Annual report on the health of the army in India
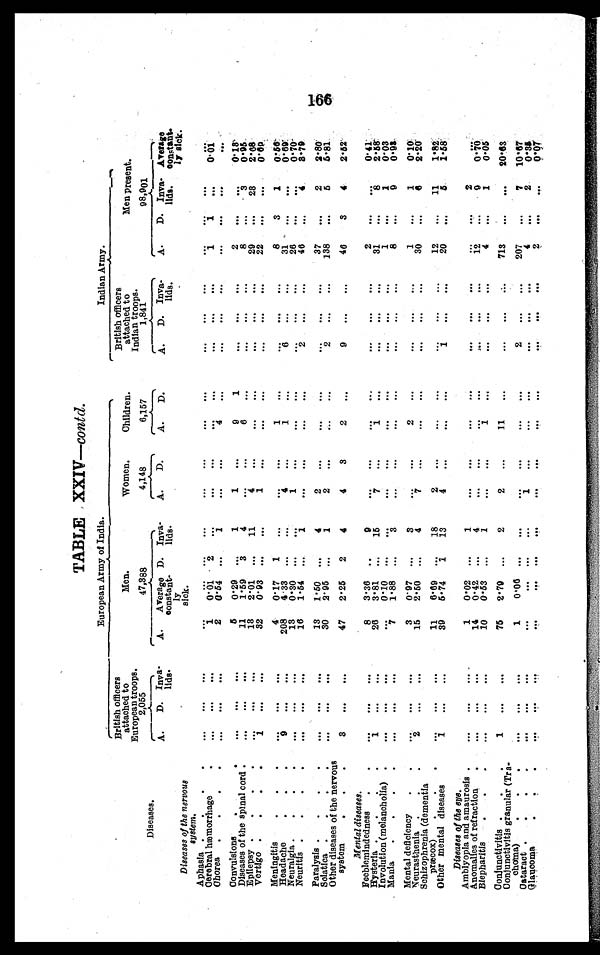
contd.
European Army of India.
Indian Army.
Diseases.
British officers
attached to
European troops.
2,055
Men.
47,388
Women.
4,148
Children.
6,157
British officers
attached to
Indian troops.
1,841
Men present .
98,901
A.
D.
Inva-
lids.
A .
Average
constant-l y
sick.
D.
I n v a -
lids.
A.
D.
A.
D.
A.
D.
I n v a -
lids.
A.
D .
I n v a-
lids.
Average
constant.
ly sick.
Diseases of the nervous
system.
Aphasia . . .
. . .
. . .. . .
. . .
. . .
. . .
. . .
. . .
. . .
. . .
. . .
. . .
. . .
. . .
. . .
. . .
. . .
. . .
1
0.01
1
2
1
0 . 0 1
Cerebral hæmorrhage . . .
. . .
. . .. . .
. . .
. . .
. . .
. . .
. . .
. . .
. . .
. . .
2
0.54
4
Chorea . . .
. . .
. . .. . .
. . .
1
. . .
. . .
. . .
. . .
. . .
. . .
. . .
. . .. . .
. . .
Convulsions . . .
. . .
. . .. . .
5
0.29
. . .
1
1
. . .
9
1
. . .
. . .
. . .
2
. . .
. . .
0.18
0.95
8
3
6
1 1
1 . 5 9
3
4
Diseases of the spinal cord . . .
. . .
. . .
. . .
. . .
. . .
. . .
. . .
. . .
. . .
. . .
2.68
2 9
2 8
4
1 3
1 1
Epilepsy . . .
. . .
. . .
. . .
2 . 0 1
. . .
. . .
. . .
. . .
. . .
. . .
. . .
. . .
22
0.69
1
32
vertigo . . .
1
. . .
. . .
0.93
. . .
. . .
. . .
. . .
. . .
. . .
. . .
. . .
. . .
. . .
Meningitis . . .
. . .
. . .
. . .
4
0.17
1
. . .
. . .
. . .
1
. . .
. . .
. . .
. . .
8
3
1 0.56
31
. . .
0.69
. . .
2 0 8
4
1
6
4.33
Headache . . .
9
. . .
. . .
. . .
. . .
. . .
. . .
. . .
. . .
0.70
28
1
13
0 . 3 0
Neuralgia . . .
. . .
. . .
. . .
. . .
. . .
. . .
. . .
. . .
. . .
. . .
. . .
. . .
. . .
46
8.79
4
2
16
1.54
Neuritis . . .
. . .
. . .
. . .
. . .
1
. . .
. . .
. . .
. . .
. . .
. . .
. . .
2.80
Paralysis . . .
. . .
. . .
. . .
13
1 . 5 0
. . .
4
2
. . .
. . .
. . .
. . .
. . .
. . .
3 7
. . .
2
138
5
5.81
2.95
2
30
Soiatica . . .
. . .
. . .
. . .
. . .
1
2
. . .
. . .
. . .
. . .
. . .
. . .
Other diseases of the nervous
system . . .
. . .
. . .
. . .
47
2.25
2
4
4
3
2
. . .
9
. . .
. . .
46
3
4
2.52
M e n t a l d i s e a s e s .
0.41
2
. . .
. . .
Feeblemindedness . . .
. . .
. . .
. . .
8
3.36
. . .
9
. . .
. . .
. . .
. . .
. . .
. . .
. . .
2.58
31
8
Hysteria . . .
1
. . .
. . .
26
3.81
. . .
1 5
7
. . .
1
. . .
. . .
. . .
. . .
. . .
0.03
1
1
Involution (melancholia) . . .
. . .
. . .
. . .
. . .
0 . 1 0
. . .
. . .
. . .
. . .
. . .
. . .
. . .
. . .
. . .
. . .
9
0.98
8
Mania . . .
. . .
. . .
. . .
7
1. 88
. . .
3
. . .
. . .
. . .
. . .
. . .
. . .
. . .
. . .
Mental deficiency . . .
. . .
. . .
. . .
3
0.97
. . .
3
. . .
. . .
2
. . .
. . .
. . .
. . .
1
. .
1 0.10
30
6 2.20
Neurasthenia . . .
2
. . .
. . .
15
2.50
. . .
4
7
. . .
. . .
. . .
. . .
. . .
. . .
. . .
Schizophrenia (dementia
præcox) . . .
. . .
. . .
. . .
11
6.69
. . .
18
2
. . .
. . .
. . .
. . .
. . .
. . .
12
. . .
11
1.82
20
5 1.58
Other mental diseases
1
. . .
. . .
39
5.74
1
13
4
. . .
. . .
. . .
1
. . .
. . .
. . .
D i s e a s e s o f t h e e y e .
Amblyopia and amaurosis . . .
. . .
. . .
. . .
1
0.02
. . .
1
. . .
. . .
. . .
. . .
. . .
. . .
. . .
. . .
. . .
2
. . .
0.70
9
12
Anomalies of refraction . . .
. . .
. . .
. . .
14
0.42
. . .
4
. . .
. . .
. . .
. . .
. . .
. . .
. . .
. . .
1
0.05
4
Blepharitis . . .
. . .
. . .
. . .
10
0.53
. . .
1
. . .
. . .
1
. . .
. . .
. . .
. . .
. . .
Conjunctivitis . . .
1
. . .
. . .
75
2.79
. . .
2
2
. . .
1 1
. . .
. . .
. . .
. . .
713
. . .
. . . 20.63
Conjunctivitis granular (Tr a-
choma) . . .
. . .
. . .
. . .
1
0.06
. . .
. . .
. . .
. . .
. . .
. . .
2
. . .
. . .
207
. . .
7
10.67
4
2
0.35
C ataract . . .
. . .
. . .
. . .
. . .
. . .
. . .
. . .
1
. . .
. . .
. . .
. . .
. . .
. . .
. . .
2
0 . 0 7
Glaucoma . . .
. . .
. . .
. . .
. . .
. . .
. . .
. . .
. . .
. . .
. . .
. . .
. . .
. . .
. . .
. . .
. . .